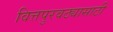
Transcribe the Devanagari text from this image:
वित्तपुरवठ्यासाठी